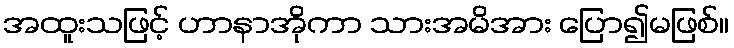
အထူးသဖြင့် ဟာနာအိုကာ သားအမိအား ပြော၍မဖြစ်။